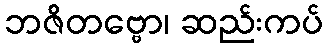
ဘဇိတဗ္ဗော၊ ဆည်းကပ်